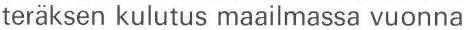
teräksen kulutus maailmassa vuonna